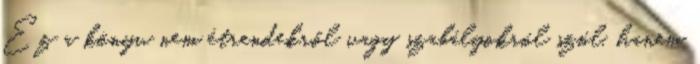
Ez a könyv nem étrendekről vagy szabályokról szól, hanem